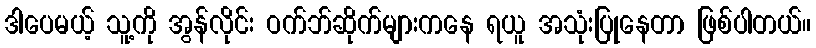
ဒါပေမယ့် သူ့ကို အွန်လိုင်း ဝက်ဘ်ဆိုက်များကနေ ရယူ အသုံးပြုနေတာ ဖြစ်ပါတယ်။